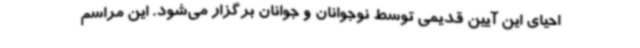
احیای این آیین قدیمی توسط نوجوانان و جوانان برگزار می‌شود. این مراسم